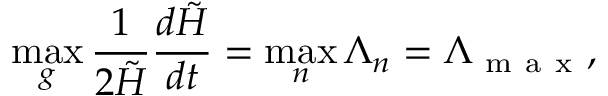
\operatorname* { m a x } _ { g } \frac { 1 } { 2 \tilde { H } } \frac { d \tilde { H } } { d t } = \operatorname* { m a x } _ { n } \Lambda _ { n } = \Lambda _ { \mathrm { ~ m ~ a ~ x ~ } } ,